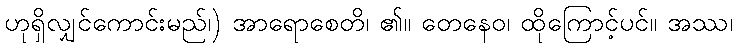
ဟုရှိလျှင်ကောင်းမည်၊) အာရောစေတိ၊ ၏။ တေနေဝ၊ ထိုကြောင့်ပင်။ အဿ၊